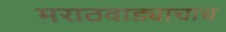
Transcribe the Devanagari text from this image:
मराठवाड्याचाच